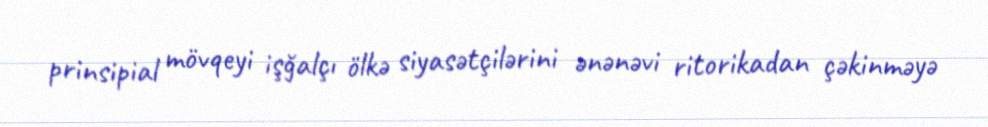
prinsipial mövqeyi işğalçı ölkə siyasətçilərini ənənəvi ritorikadan çəkinməyə